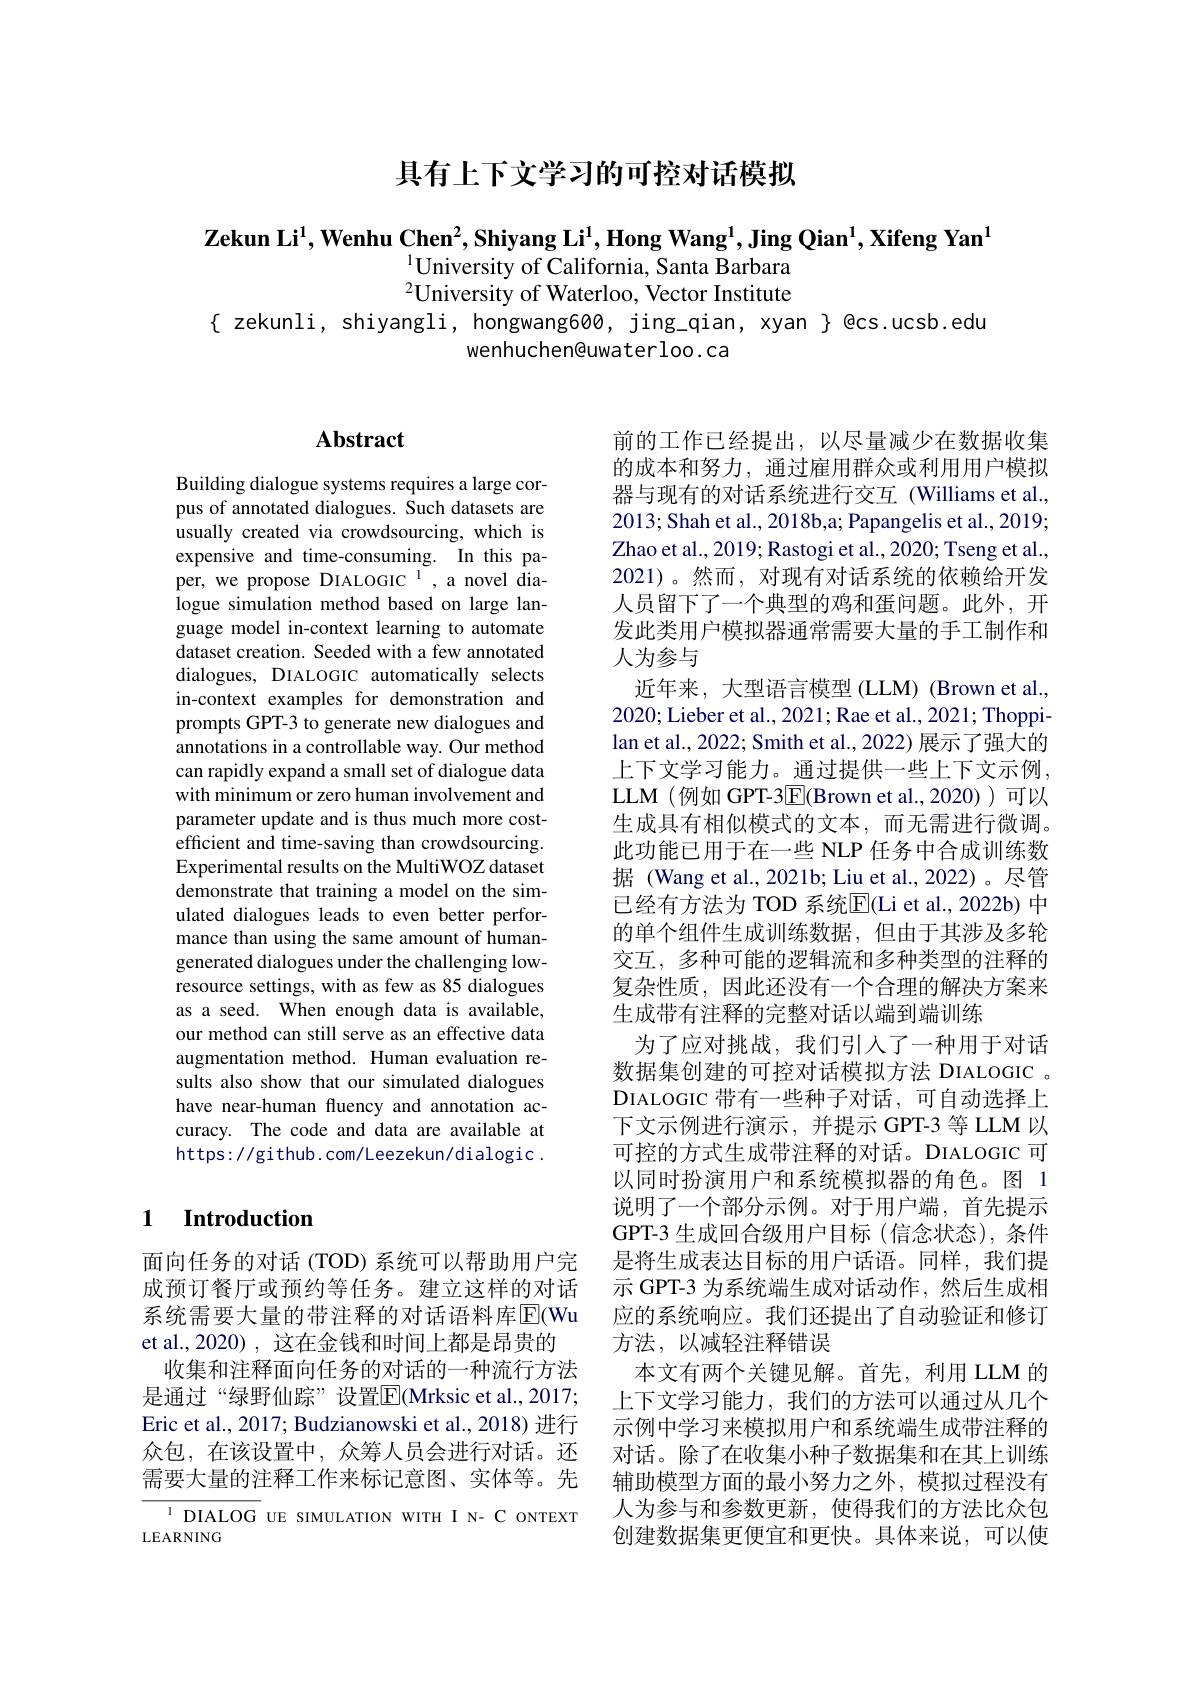
具有上下文学习的可控对话模拟

$\textbf{Zekun Li}^1,\textbf{Wenhu Chen}^2,\textbf{Shiyang Li}^1,\textbf{Hong Wang}^1,\textbf{Jing Qian}^1,\textbf{Xifeng Yan}^1$
$^{1}$University of California, Santa Barbara $^{2}$University of Waterloo, Vector Institute
$\{$ zekunli, shiyangli, hongwang600, jing\_qian, xyan $\}$ @cs.ucsb.edu

wenhuchen@uwaterloo.ca

# Abstract

Building dialogue systems requires a large corpus of annotated dialogues. Such datasets are usually created via crowdsourcing, which is expensive and time-consuming. In this paper, we propose DIALOGIC l', a novel dialogue simulation method based on large language model in-context learning to automate dataset creation. Seeded with a few annotated dialogues, DIALOGIC automatically selects in-context examples for demonstration and prompts GPT-3 to generate new dialogues and annotations in a controllable way. Our method can rapidly expand a small set of dialogue data with minimum or zero human involvement and parameter update and is thus much more costefficient and time-saving than crowdsourcing. Experimental results on the MultiWOZ dataset demonstrate that training a model on the simulated dialogues leads to even better performance than using the same amount of humangenerated dialogues under the challenging lowresource settings, with as few as 85 dialogues as a seed. When enough data is available, our method can still serve as an effective data augmentation method. Human evaluation results also show that our simulated dialogues have near-human fluency and annotation accuracy. The code and data are available at https: / / github. com/ Leezekun/ dialogic .

## 1 $\textbf{Introduction}$

面向任务的对话(TOD)系统可以帮助用户完成预订餐厅或预约等任务。建立这样的对话系统需要大量的带注释的对话语料库$\overline{\mathrm{E}}($Wu et al., 2020) , 这在金钱和时间上都是昂贵的
收集和注释面向任务的对话的一种流行方法是通过“绿野仙踪”设置$\boxed{\mathrm{F}}($Mrksic et al.,2017; Eric et al., 2017; Budzianowski et al., 2018) 进行众包，在该设置中，众筹人员会进行对话。还需要大量的注释工作来标记意图、实体等。先

$^{1}$ DIALOG UE SIMULATION WITH I N- C ONTEXT
LEARNING

人为参与

前的工作已经提出，以尽量减少在数据收集的成本和努力，通过雇用群众或利用用户模拟器与现有的对话系统进行交互 (Williams et al., 2013; Shah et al., 2018b,a; Papangelis et al., 2019; Zhao et al., 2019; Rastogi et al., 2020; Tseng et al. 2021)。然而，对现有对话系统的依赖给开发人员留下了一个典型的鸡和蛋问题。此外，开发此类用户模拟器通常需要大量的手工制作和近年来，大型语言模型(LLM)(Brown et al.
2020; Lieber et al., 2021; Rae et al., 2021; Thoppilan et al., 2022; Smith et al., 2022) 展示了强大的上下文学习能力。通过提供一些上下文示例， LLM (例如 GPT-3$\boxed{\mathrm{E}}($Brown et al.,2020))可以生成具有相似模式的文本，而无需进行微调。此功能已用于在一些 NLP 任务中合成训练数据 (Wang et al., 2021b; Liu et al., 2022)。尽管已经有方法为 TOD 系统$\overline{\mathrm{E}}($Li et al., 2022b) 中的单个组件生成训练数据，但由于其涉及多轮交互，多种可能的逻辑流和多种类型的注释的复杂性质，因此还没有一个合理的解决方案来生成带有注释的完整对话以端到端训练
为了应对挑战，我们引人了一种用于对话数据集创建的可控对话模拟方法 DIALOGIC 。DIALOGIC 带有一些种子对话，可自动选择上下文示例进行演示，并提示 GPT-3 等 LLM 以可控的方式生成带注释的对话。DIALOGIC 可以同时扮演用户和系统模拟器的角色。图 1说明了一个部分示例。对于用户端，首先提示GPT-3 生成回合级用户目标 (信念状态),条件是将生成表达目标的用户话语。同样，我们提示 GPT-3 为系统端生成对话动作，然后生成相应的系统响应。我们还提出了自动验证和修订方法，以减轻注释错误
本文有两个关键见解。首先，利用 LLM 的上下文学习能力，我们的方法可以通过从几个示例中学习来模拟用户和系统端生成带注释的对话。除了在收集小种子数据集和在其上训练辅助模型方面的最小努力之外，模拟过程没有人为参与和参数更新，使得我们的方法比众包创建数据集更便宜和更快。具体来说，可以使